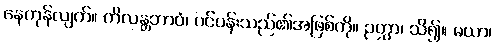
နေကုန်လျက်။ ကိလန္တဘာဝံ၊ ပင်ပန်းသည်၏အဖြစ်ကို။ ဉတွာ၊ သိ၍။ မယာ၊